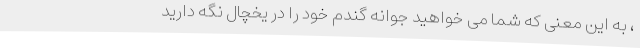
، به این معنی که شما می خواهید جوانه گندم خود را در یخچال نگه دارید